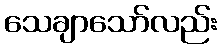
သေချာသော်လည်း